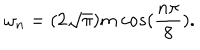
LaTeX: \omega _ { n } = ( 2 \sqrt { \pi } ) m \ c o s ( \frac { n \pi } { 8 } ) .